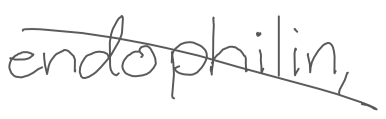
Text: endophilin,
Cross-out: diagonal
Writing tool: digital_gray